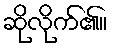
ဆိုလိုက်၏။